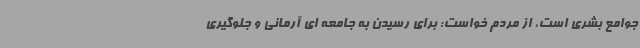
جوامع بشری است، از مردم خواست: برای رسیدن به جامعه ای آرمانی و جلوگیری